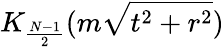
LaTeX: K_{\frac{N-1}{2}}(m\sqrt{t^{2}+r^{2}})